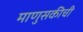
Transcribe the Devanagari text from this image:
माणुसकीची